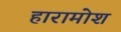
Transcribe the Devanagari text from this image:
हारामोश